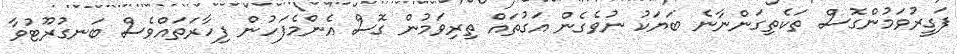
ފަގީރުވަމުންގޮސް ތަކެތިގަންނާނެ ބަޔަކު ނުވެގެން އަގުތައް ތިރިވަމުން ގޮސް އެންމެފަހުން ފިހާރަތައްވެސް ބަނގުރޫޓުވާ